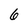
Character: 6